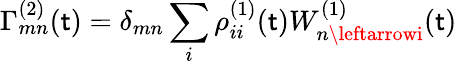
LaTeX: \Gamma_{mn}^{(2)}(\mathsf{t})=\delta_{mn}\sum_{i}\rho_{ii}^{(1)}(\mathsf{t})W_{n\leftarrowi}^{(1)}(\mathsf{t})